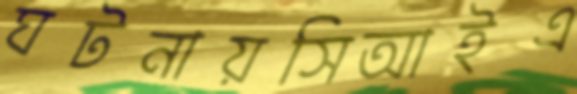
ঘটনায়সিআইএ